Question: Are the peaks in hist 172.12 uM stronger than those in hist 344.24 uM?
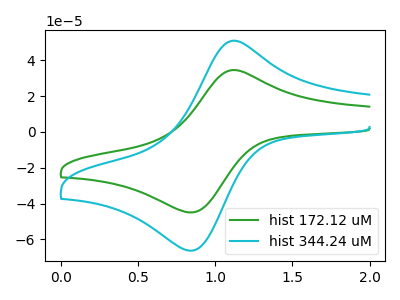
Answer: <think>The green curve "hist 172.12 uM" has an anodic peak at (1.10V, 34.55uA) and a cathodic peak at (0.85V, -44.75uA). The cyan curve "hist 344.24 uM" has an anodic peak at (1.10V, 50.90uA) and a cathodic peak at (0.85V, -66.00uA).</think>
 <answer>Every peak in "hist 172.12 uM" is lower than every peak in "hist 344.24 uM".</answer>
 <eval>lower</eval>